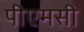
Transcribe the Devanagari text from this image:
पीएमसी